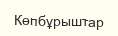
Көпбұрыштар